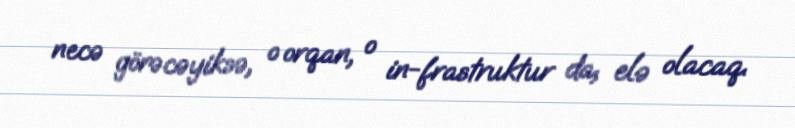
necə görəcəyiksə, o orqan, o in-frastruktur da, elə olacaq.